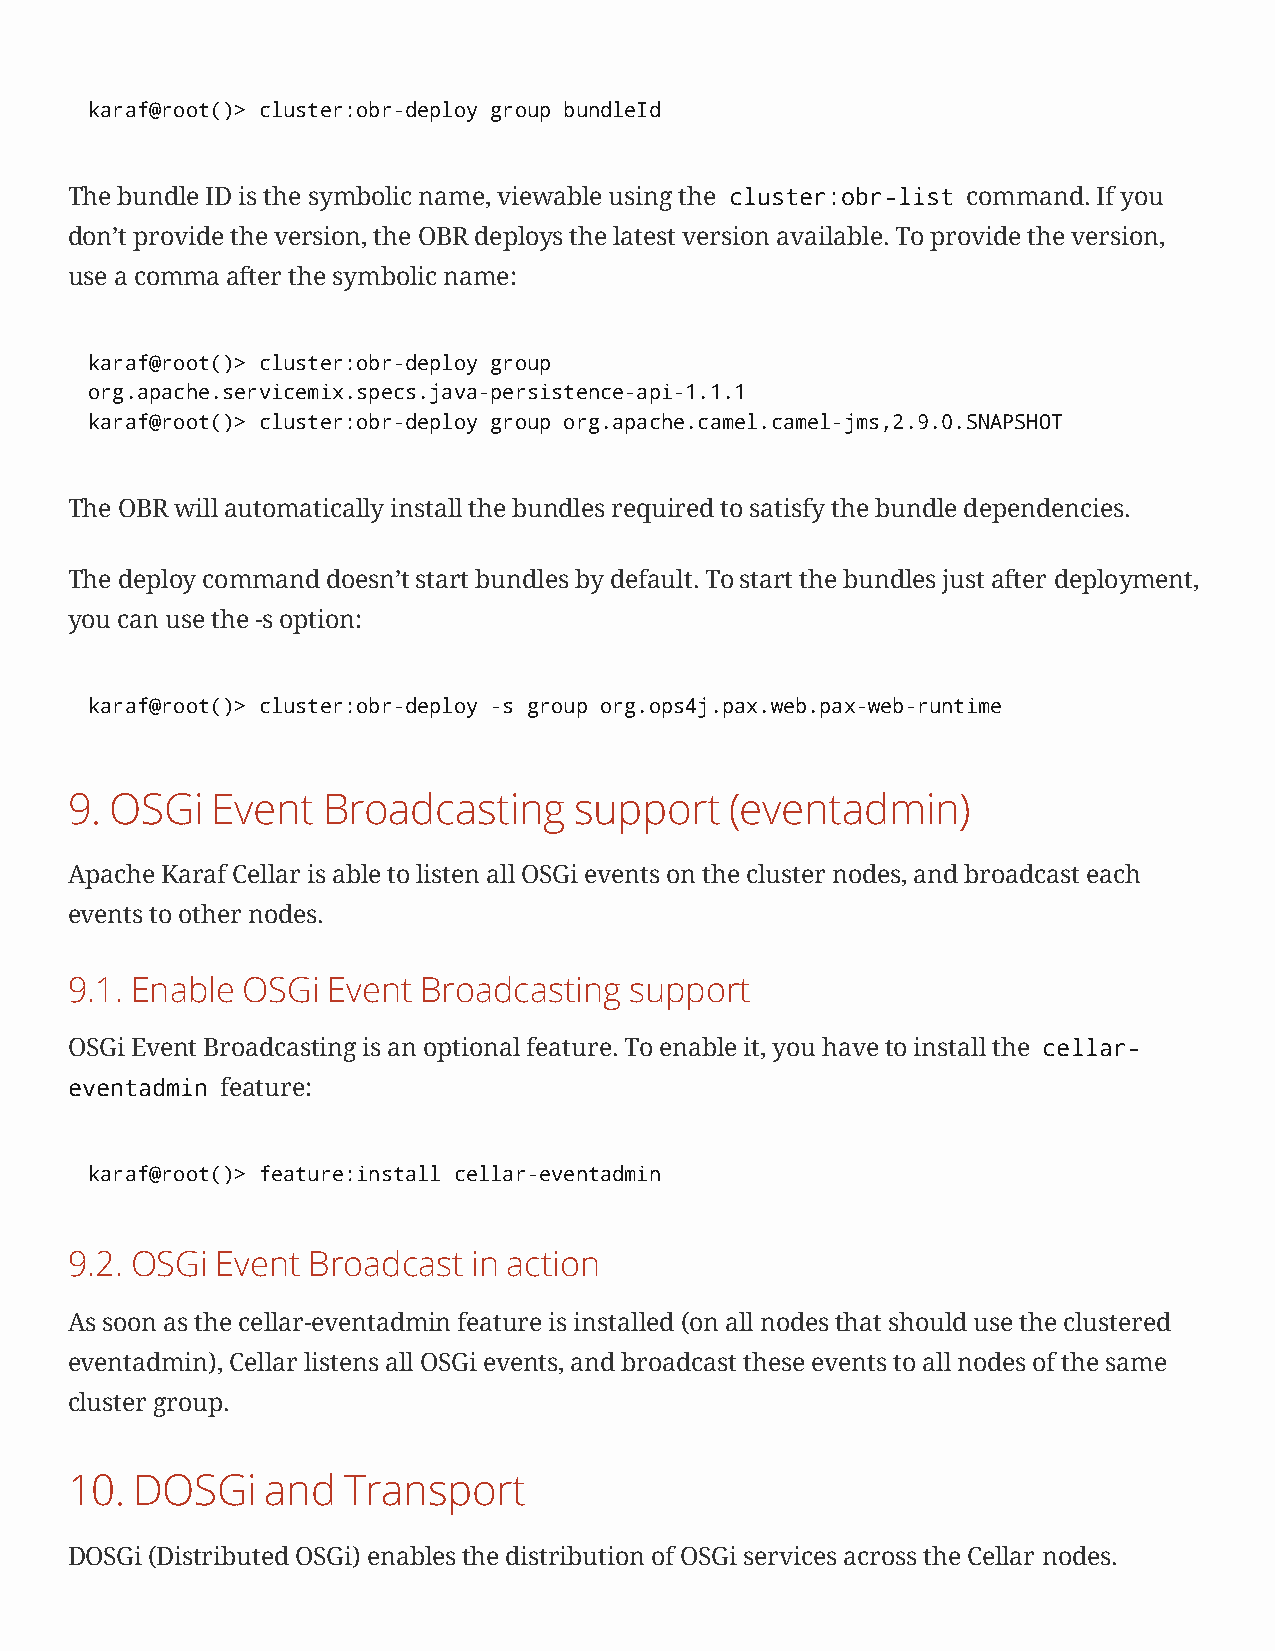
karaf@root()> cluster:obr-deploy group bundleId
 The bundle ID is the symbolic name, viewable using the cluster:obr-list command. If you
 don’t provide the version, the OBR deploys the latest version available. To provide the version,
 use a comma after the symbolic name:
 karaf@root()> cluster:obr-deploy group
 org.apache.servicemix.specs.java-persistence-api-1.1.1
 karaf@root()> cluster:obr-deploy group org.apache.camel.camel-jms,2.9.0.SNAPSHOT
 The OBR will automatically install the bundles required to satisfy the bundle dependencies.
 The deploy command doesn’t start bundles by default. To start the bundles just after deployment,
 you can use the -s option:
 karaf@root()> cluster:obr-deploy -s group org.ops4j.pax.web.pax-web-runtime
 9. OSGi   Event  Broadcasting     support   (eventadmin)
 Apache Karaf Cellar is able to listen all OSGi events on the cluster nodes, and broadcast each
 events to other nodes.
 9.1. Enable OSGi  Event Broadcasting  support
 OSGi Event Broadcasting is an optional feature. To enable it, you have to install the cellar-
 eventadmin feature:
 karaf@root()> feature:install cellar-eventadmin
 9.2. OSGi Event Broadcast  in action
 As soon as the cellar-eventadmin feature is installed (on all nodes that should use the clustered
 eventadmin), Cellar listens all OSGi events, and broadcast these events to all nodes of the same
 cluster group.
 10.  DOSGi    and  Transport
 DOSGi (Distributed OSGi) enables the distribution of OSGi services across the Cellar nodes.